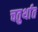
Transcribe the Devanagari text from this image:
चतुर्थात